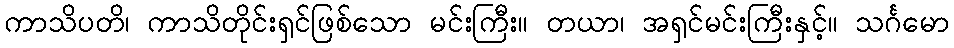
ကာသိပတိ၊ ကာသိတိုင်းရှင်ဖြစ်သော မင်းကြီး။ တယာ၊ အရှင်မင်းကြီးနှင့်။ သင်္ဂမော